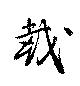
載